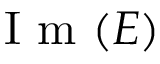
\mathrm { ~ I ~ m ~ } ( E )